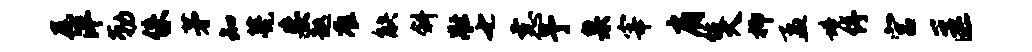
尾泮勒侏茅知甍妄趑准觖斜壮七恚予臬宰肩伎大抑孟境停宫匡